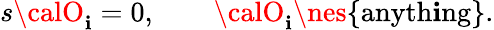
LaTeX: s{\calO}_{\mathbf{i}}=0,\quad\quad{\calO}_{\mathbf{i}}\nes\{ \mathrm{{anyth\mathbf{i}ng}}\} .